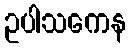
ဥပါသကေန